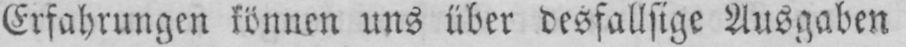
Erfahrungen können uns über desfallsige Ausgaben